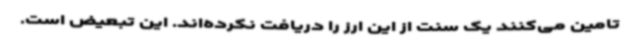
تامین می‌کنند یک سنت از این ارز را دریافت نکرده‌اند. این تبعیض است.